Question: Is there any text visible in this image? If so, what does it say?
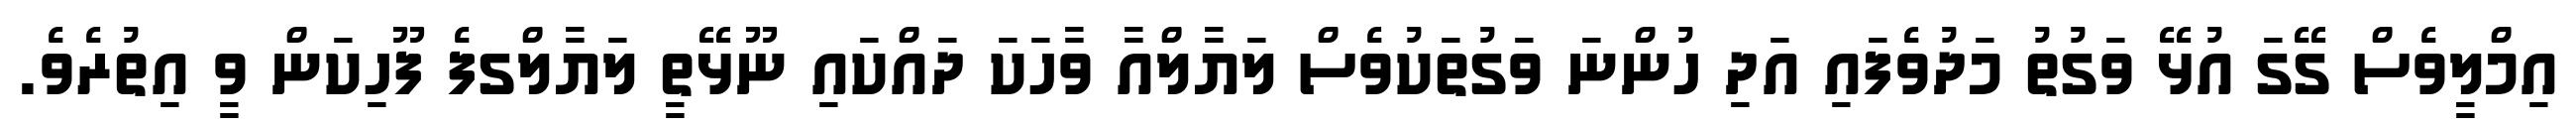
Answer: އިމްލީވެސް ގޭގަ އުޅޭ ވަގުތު މަދުވެފައި އަދި ހުންނަ ވަގުތަކުވެސް ލަޔާލްއާ ވާހަކަ ދައްކައި ނޫޅޭތީ ލަޔާލްގފެ ފޫހިކަން ވީ އިތުރެވެ.